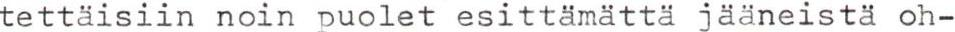
tettäisiin noin puolet esittämättä jääneistä oh-